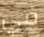
في